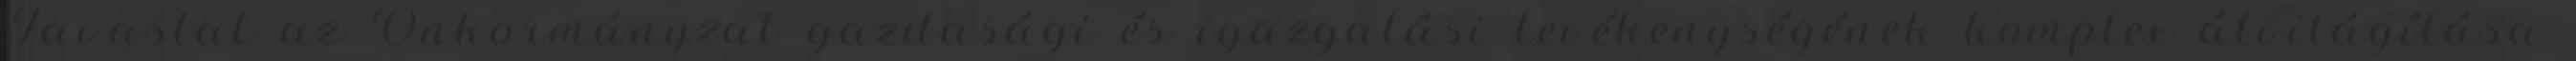
Javaslat az Önkormányzat gazdasági és igazgatási tevékenységének komplex átvilágítása